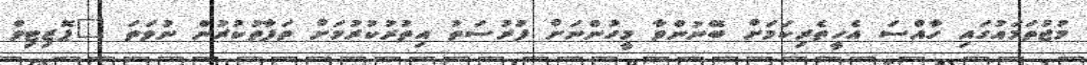
މުޖުތަމައުގައި ހާއްސަ އެހީތެރިކަމަށް ބޭނުންވާ މީހުންނަށް ފުރުސަތު އިތުރުކުރުމަށް ތަފާތުކުރުން ނުވަތަ "ޕޮޒިޓިވް